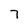
Character: 7